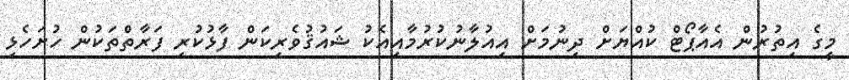
މީގެ އިތުރުން އެއާޕޯޓް ކުއްޔަށް ދިނުމަށް އިއުލާނުކުރުމާއިއެކު ޝައުޤުވެރިކަން ފާޅުކުރި ފަރާތްތަކުން ހުށަހެޅި